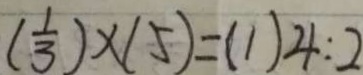
( \frac { 1 } { 3 } ) \times ( 5 ) = ( 1 ) 4 : 2